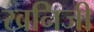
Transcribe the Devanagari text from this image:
खनिजी